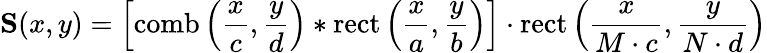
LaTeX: \mathbf{S}(x,y)=\left[\operatorname{comb}\left({\frac{x}{c}},{\frac{y}{d}}\right)*\operatorname{rect}\left({\frac{x}{a}},{\frac{y}{b}}\right)\right]\cdot\operatorname{rect}\left({\frac{x}{M\cdot c}},{\frac{y}{N\cdot d}}\right)